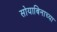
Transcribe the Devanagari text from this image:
सोयाबिनाच्या